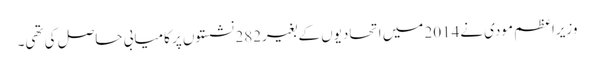
وزیرِاعظم مودی نے2014 میں اتحادیوں کے بغیر282 نشستوں پر کامیابی حاصل کی تھی۔